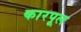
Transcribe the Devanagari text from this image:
कारपूल